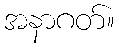
အနာဂတ်။